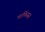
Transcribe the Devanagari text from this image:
मार्किसस